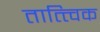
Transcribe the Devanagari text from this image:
तात्‍त्‍विक